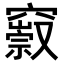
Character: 𥨢